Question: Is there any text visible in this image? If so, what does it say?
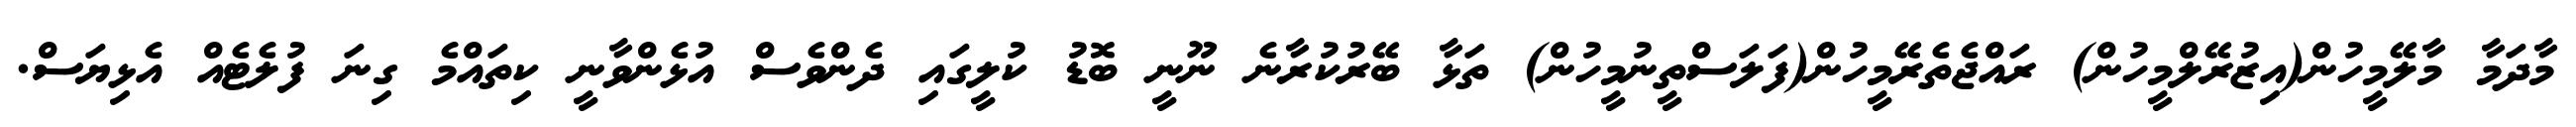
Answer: މާދަމާ މާލޭމީހުން(އިޒުރޭލްމީހުން) ރައްޖެތެރޭމީހުން(ފަލަސްތީނުމީހުން) ތަޅާ ބޭރުކުރާނެ ނޫނީ ބޮޑު ކުލީގައި ދެންވެސް އުޅެންވާނީ ކިތައްމެ ގިނަ ފުލެޓެއް އެޅިޔަސް.